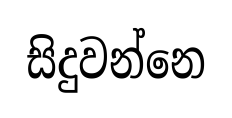
සිදුවන්නෙ